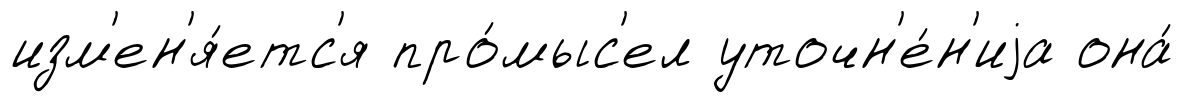
изм'ен'я́етс'я про́мыс'ел уточн'е́н'иjа она́